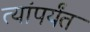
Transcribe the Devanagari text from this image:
त्यांपर्यंत